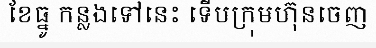
ខែធ្នូ កន្លងទៅនេះ ទើបក្រុមហ៊ុនចេញ